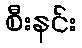
စီးနင်း